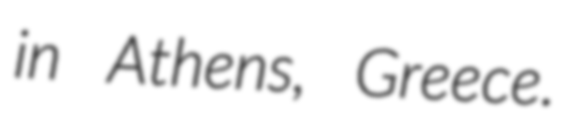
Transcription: in Athens, Greece.